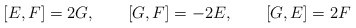
\begin{align*}[E,F]=2G,\qquad [G,F]=-2E,\qquad [G,E]=2F\end{align*}